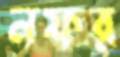
নফর